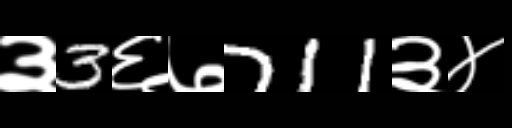
Text: ३3६७711३४